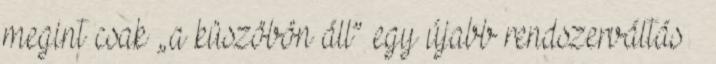
megint csak „a küszöbön áll” egy újabb rendszerváltás –